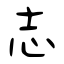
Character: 志